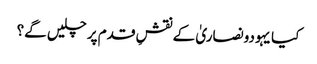
کیا یہودونصاریٰ کے نقشِ قدم پر چلیں گے؟